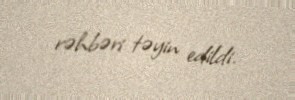
rəhbəri təyin edildi.